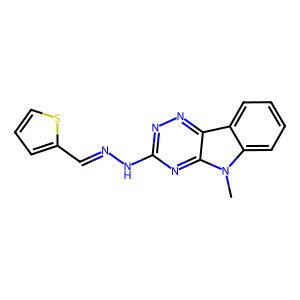
SMILES: Cn1c2ccccc2c2nnc(NN=Cc3cccs3)nc21
Inhibits HIV replication: No